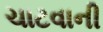
ચાટવાની